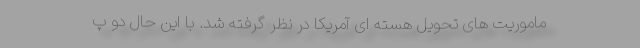
ماموریت های تحویل هسته ای آمریکا در نظر گرفته شد. با این حال دو پ